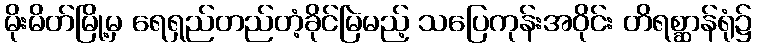
မိုးမိတ်မြို့မှ ရေရှည်တည်တံ့ခိုင်မြဲမည့် သပြေကုန်းအဝိုင်း တိရစ္ဆာန်ရုံ၌